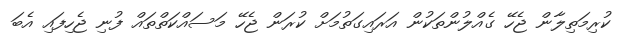
ކުރިމަތިލާން ޖެހޭ ގެއްލުންތަކުން އަރައިގަތުމަށް ކުރަން ޖެހޭ މަސައްކަތްތައް ފުނި ޖެހިފައި އެބަ